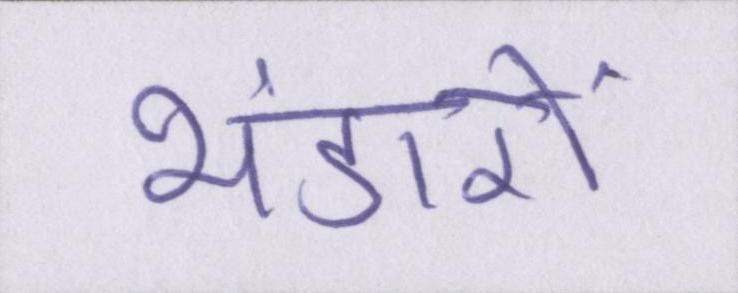
भंडारों